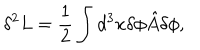
LaTeX: \delta ^ { 2 } L = \frac { 1 } { 2 } \int d ^ { 3 } x \delta \phi { \hat { A } } \delta \phi ,